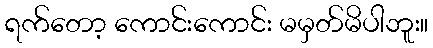
ရက်တော့ ကောင်းကောင်း မမှတ်မိပါဘူး။